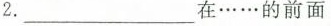
2.___在……的前面